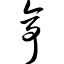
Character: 亭